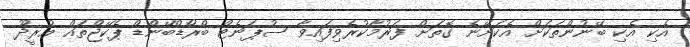
އެކި އެކި ބޭނުންތަކަށް އެކަށޭނެ ގޮތަށް ފަރުމާކުރެވިފައިވާ ސުޕަނެޓް ބްރޯޑްބޭންޑް ޕެކޭޖްތައް އުރީދޫ